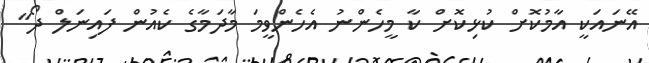
އޭނައަކީ އާމުކޮށް ކުޅިކޮށް ކާ މީހެންނު އެހެންވީމަ މާދަމާގެ ކެއުން ފައިނަލް ދޯ"